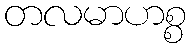
တလမာဟစ္စ